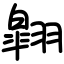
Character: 翶